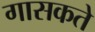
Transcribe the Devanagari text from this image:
गासकते